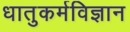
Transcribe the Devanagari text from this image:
धातुकर्मविज्ञान